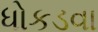
ધોકડવા